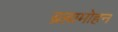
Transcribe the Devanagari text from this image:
ब्रह्ममोहन